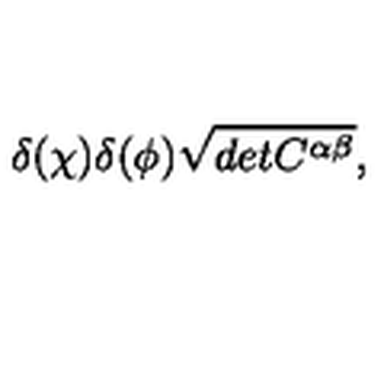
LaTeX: \delta ( \chi ) \delta ( \phi ) \sqrt { d e t C ^ { \alpha \beta } } ,